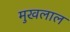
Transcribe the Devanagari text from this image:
मुखलाल